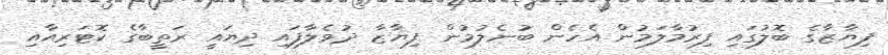
ފިޔާޒާގެ ބޮލުގައި ފިރުމާލަމުން އެހެން ބުނެލުމުން ފިޔާޒާ ދުވެލާފައި ދިޔައީ ރަތީބާގެ ކޮޓަރިއާއި